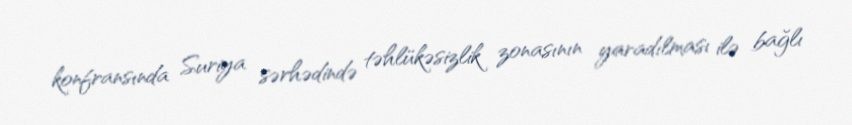
konfransında Suriya sərhədində təhlükəsizlik zonasının yaradılması ilə bağlı